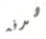
صدفه